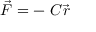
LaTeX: { \vec { F } } = - \ C { \vec { r } }